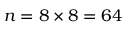
n = 8 \times 8 = 6 4